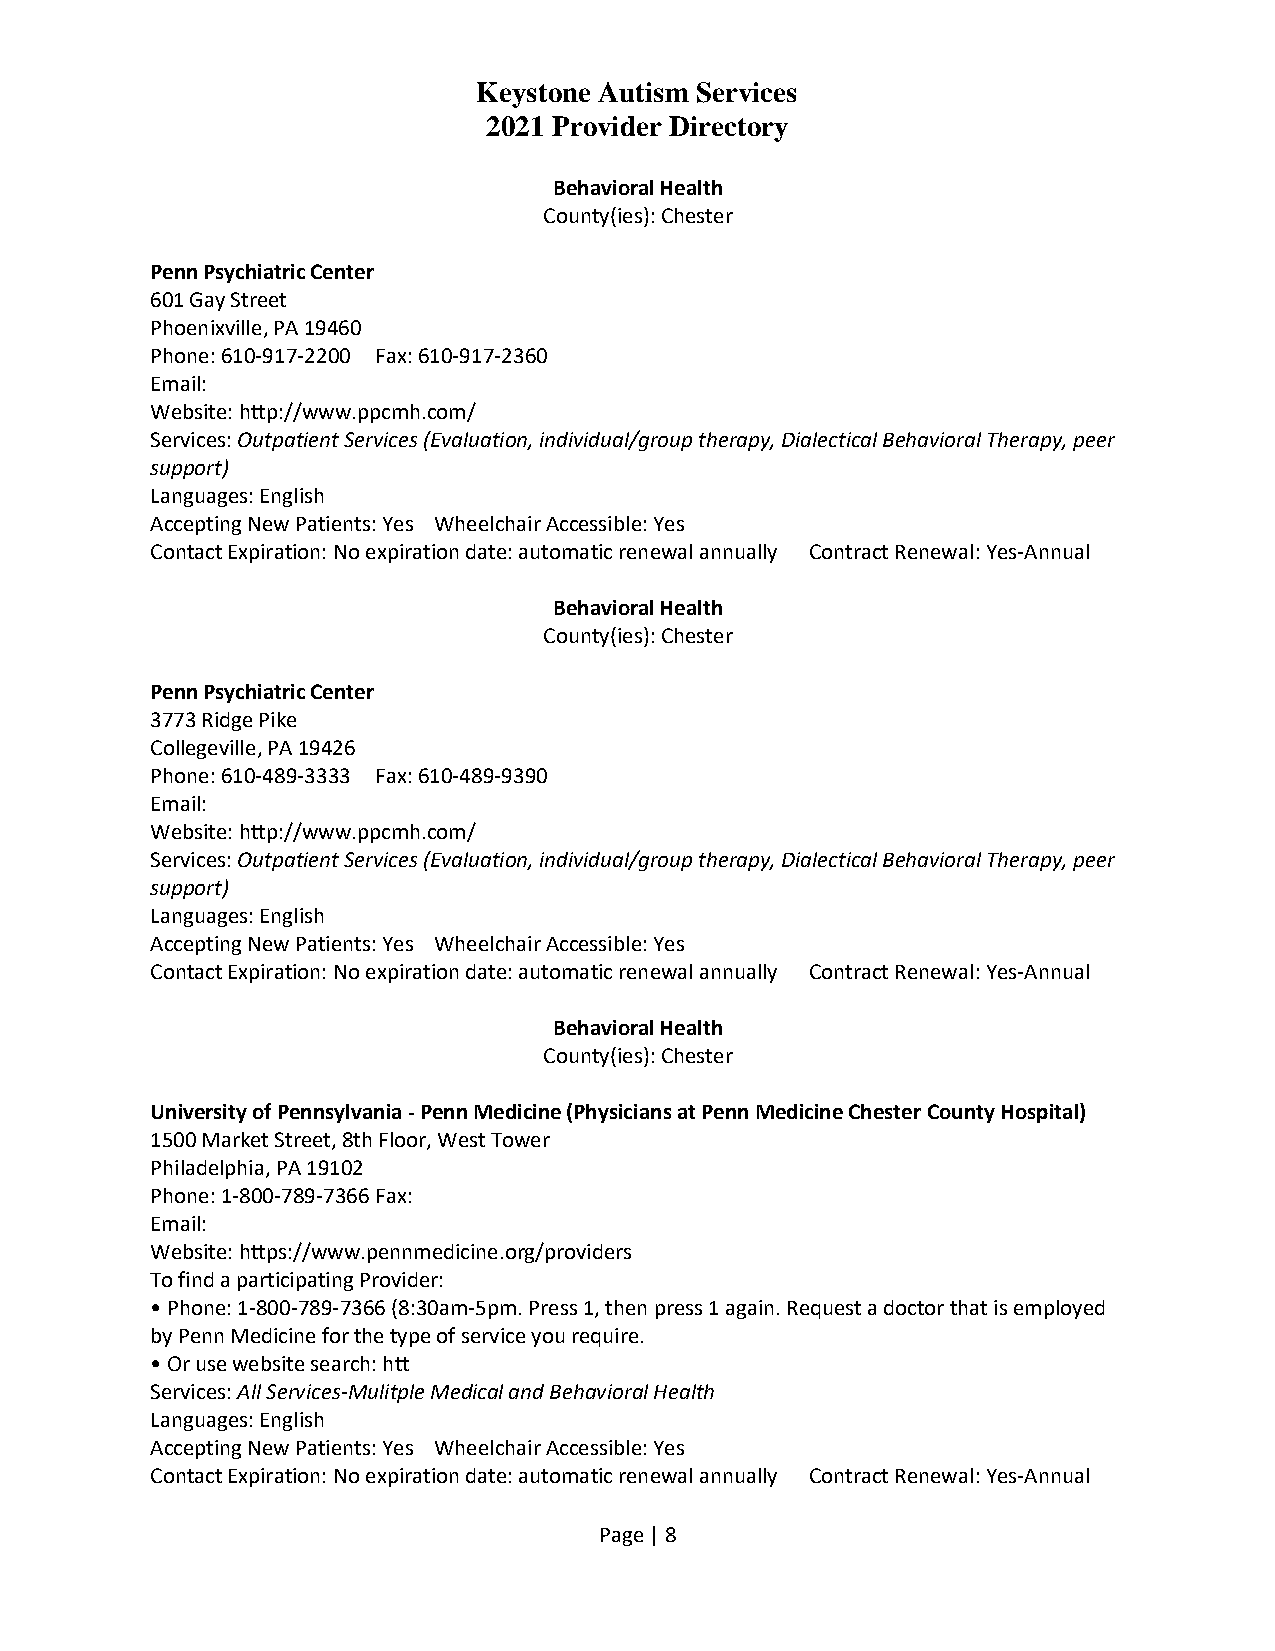
Keystone Autism Services
 2021 Provider Directory
 Behavioral Health
 County(ies): Chester
 Penn Psychiatric Center
 601 Gay Street
 Phoenixville, PA 19460
 Phone: 610-917-2200 Fax: 610-917-2360
 Email:
 Website: http://www.ppcmh.com/
 Services: Outpatient Services (Evaluation, individual/group therapy, Dialectical Behavioral Therapy, peer
 support)
 Languages: English
 Accepting New Patients: Yes Wheelchair Accessible: Yes
 Contact Expiration: No expiration date: automatic renewal annually Contract Renewal: Yes-Annual
 Behavioral Health
 County(ies): Chester
 Penn Psychiatric Center
 3773 Ridge Pike
 Collegeville, PA 19426
 Phone: 610-489-3333 Fax: 610-489-9390
 Email:
 Website: http://www.ppcmh.com/
 Services: Outpatient Services (Evaluation, individual/group therapy, Dialectical Behavioral Therapy, peer
 support)
 Languages: English
 Accepting New Patients: Yes Wheelchair Accessible: Yes
 Contact Expiration: No expiration date: automatic renewal annually Contract Renewal: Yes-Annual
 Behavioral Health
 County(ies): Chester
 University of Pennsylvania - Penn Medicine (Physicians at Penn Medicine Chester County Hospital)
 1500 Market Street, 8th Floor, West Tower
 Philadelphia, PA 19102
 Phone: 1-800-789-7366 Fax:
 Email:
 Website: https://www.pennmedicine.org/providers
 To find a participating Provider:
 • Phone: 1-800-789-7366 (8:30am-5pm. Press 1, then press 1 again. Request a doctor that is employed
 by Penn Medicine for the type of service you require.
 • Or use website search: htt
 Services: All Services-Mulitple Medical and Behavioral Health
 Languages: English
 Accepting New Patients: Yes Wheelchair Accessible: Yes
 Contact Expiration: No expiration date: automatic renewal annually Contract Renewal: Yes-Annual
 Page | 8